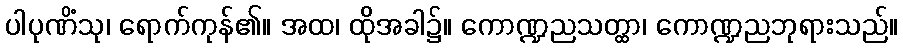
ပါပုဏိံသု၊ ရောက်ကုန်၏။ အထ၊ ထိုအခါ၌။ ကောဏ္ဍညသတ္ထာ၊ ကောဏ္ဍညဘုရားသည်။